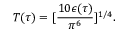
T ( \tau ) = [ { \frac { 1 0 \epsilon ( \tau ) } { \pi ^ { 6 } } } ] ^ { 1 / 4 } .